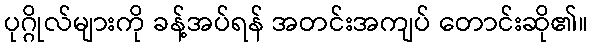
ပုဂ္ဂိုလ်များကို ခန့်အပ်ရန် အတင်းအကျပ် တောင်းဆို၏။